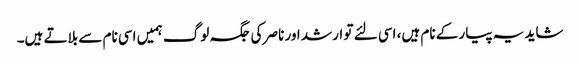
شاید یہ پیار کے نام ہیں، اسی لئے تو ارشد اور ناصر کی جگہ لوگ ہمیں اسی نام سے بلاتے ہیں۔